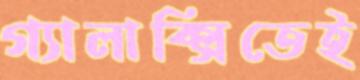
গ্যালাক্সিতেই